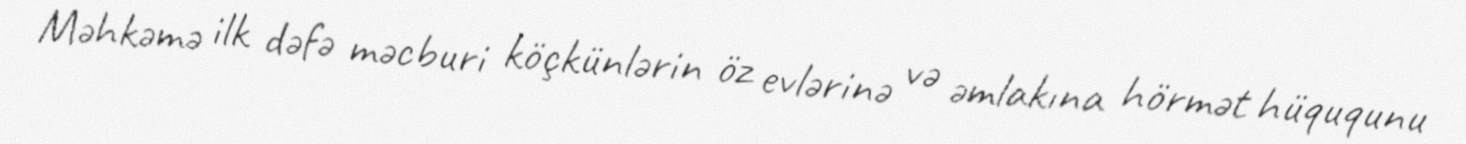
Məhkəmə ilk dəfə məcburi köçkünlərin öz evlərinə və əmlakına hörmət hüququnu